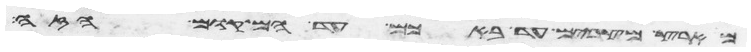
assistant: מארץ מצרים עד באכם עד המקום הזה